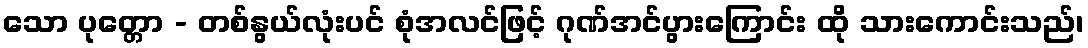
သော ပုတ္တော - တစ်နွယ်လုံးပင် စုံအလင်ဖြင့် ဂုဏ်အင်ပွားကြောင်း ထို သားကောင်းသည်၊